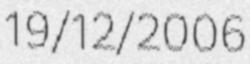
19/12/2006